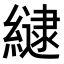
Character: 𮉉